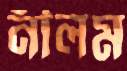
নীলম